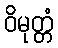
ဝိမုတ္တံ